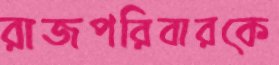
রাজপরিবারকে